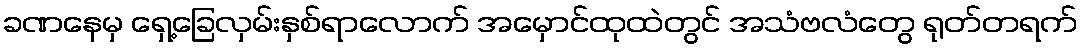
ခဏနေမှ ရှေ့ခြေလှမ်းနှစ်ရာလောက် အမှောင်ထုထဲတွင် အသံဗလံတွေ ရုတ်တရက်